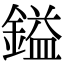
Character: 鎰